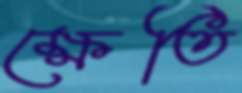
ক্ষেতি